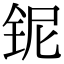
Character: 铌